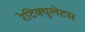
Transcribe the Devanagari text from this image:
रेटिक्युलेटस